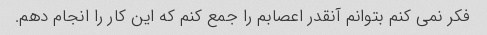
فکر نمی کنم بتوانم آنقدر اعصابم را جمع کنم که این کار را انجام دهم.